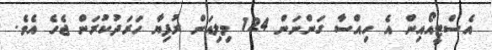
އެސްޓީއޯއިން އެ ހިއްސާ ގަންނަން 124 މިލިއަން ރުފިޔާ ހަރަދުކުރަން ޖެހެ އެވެ.